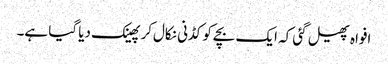
افواہ پھیل گئی کہ ایک بچےکو کڈنی نکال‌کر پھینک دیا گیا ہے۔